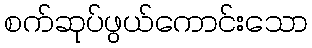
စက်ဆုပ်ဖွယ်ကောင်းသော